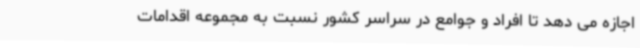
اجازه می دهد تا افراد و جوامع در سراسر کشور نسبت به مجموعه اقدامات